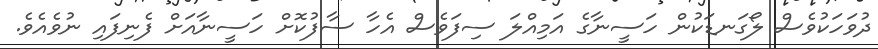
ދުވަހަކުވެސް ލޯގަނޑަކުން ހަސީނާގެ އަމިއްލަ ސިފަވެސް އެހާ ސާފުކޮށް ހަސީނާއަށް ފެނިފައި ނުވެއެވެ.